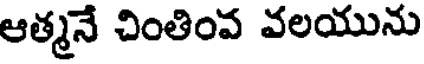
ఆత్మనే చింతింవ వలయును